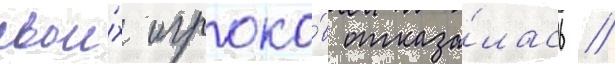
свои́х игроко́в отказа́лась //